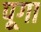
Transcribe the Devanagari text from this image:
पूगा